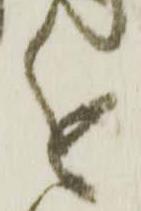
進